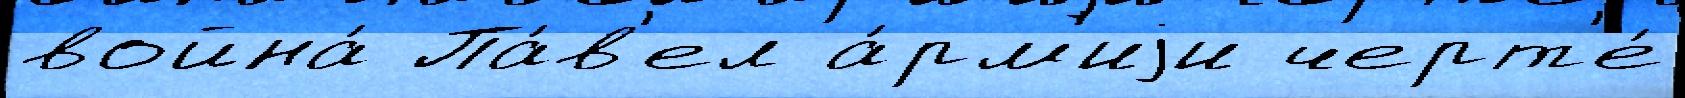
война́ Па́в'ел а́рм'иjи черт'е́